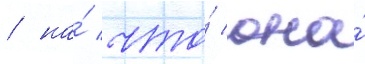
/ на́ что́ она́